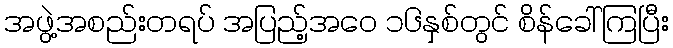
အဖွဲ့အစည်းတရပ် အပြည့်အဝေ ၁၆နှစ်တွင် စိန်ခေါ်ကြပြီး